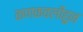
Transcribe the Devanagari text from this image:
कणकवलीहुन